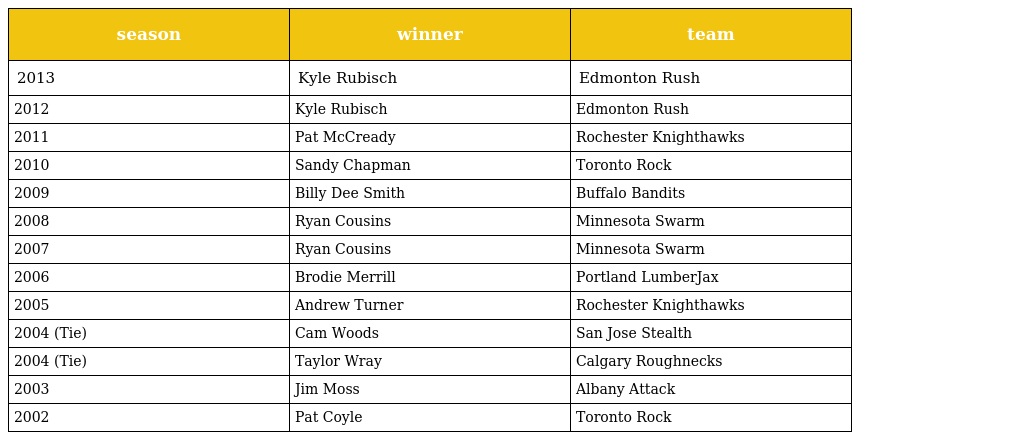
| season | winner | team |
 | --- | --- | --- |
 | 2013 | Kyle Rubisch | Edmonton Rush |
 | 2012 | Kyle Rubisch | Edmonton Rush |
 | 2011 | Pat McCready | Rochester Knighthawks |
 | 2010 | Sandy Chapman | Toronto Rock |
 | 2009 | Billy Dee Smith | Buffalo Bandits |
 | 2008 | Ryan Cousins | Minnesota Swarm |
 | 2007 | Ryan Cousins | Minnesota Swarm |
 | 2006 | Brodie Merrill | Portland LumberJax |
 | 2005 | Andrew Turner | Rochester Knighthawks |
 | 2004 (Tie) | Cam Woods | San Jose Stealth |
 | 2004 (Tie) | Taylor Wray | Calgary Roughnecks |
 | 2003 | Jim Moss | Albany Attack |
 | 2002 | Pat Coyle | Toronto Rock |